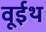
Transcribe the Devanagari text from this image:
वूईथ